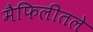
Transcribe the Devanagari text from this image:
मैफिलीतले